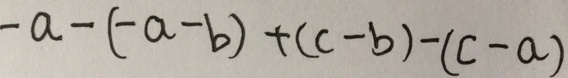
- a - ( - a - b ) + ( c - b ) - ( c - a )